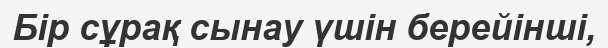
Бір сұрақ сынау үшін берейінші,